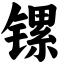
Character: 镙